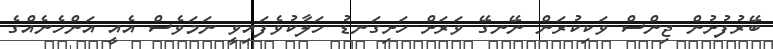
ބޭރުފުށުން ޖިންސް ވަކިކުރަން ނޭނގޭ ވަރަށް ހަށިގަނޑު ހަލާކުވެފައިވީ ނަމަވެސް އެއީ އަންހެނެއްގެ